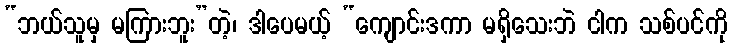
“ဘယ်သူမှ မကြားဘူး”တဲ့၊ ဒါပေမယ့် “ကျောင်းဒကာ မရှိသေးဘဲ ငါက သစ်ပင်ကို